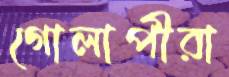
গোলাপীরা